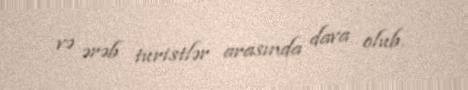
və ərəb turistlər arasında dava olub.